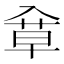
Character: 䓥